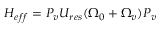
\begin{array} { r } { H _ { e f f } = P _ { v } U _ { r e s } ( \Omega _ { 0 } + \Omega _ { v } ) P _ { v } } \end{array}